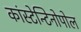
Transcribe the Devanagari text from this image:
कांस्टेन्टिनोपोल